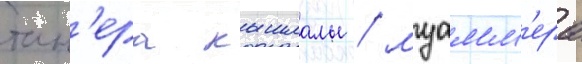
тан'ера кышлалы / муамм'ера